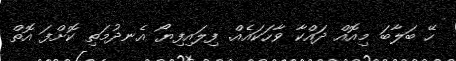
ހޭ ބަލާބަ މިއޮއް ދައްކާ ވާހަކައެއް. ފިލައިފިޔޯ އެނދުމަތި ކޮށްފަ އޮތް